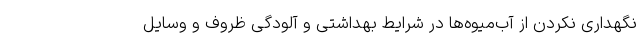
نگهداری نکردن از آب‌میوه‌ها در شرایط بهداشتی و آلودگی ظروف و وسایل